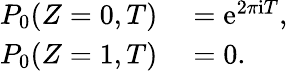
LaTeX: \begin{array}{rl}{P_{0}(Z=0,T)}&{{}=\mathrm{e}^{2\pi\mathrm{i}T},}\\ {P_{0}(Z=1,T)}&{{}=0.}\end{array}